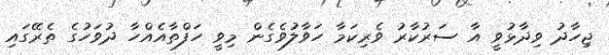
ޖިހާދު ވިދާޅުވީ އާ ސަރުކާރު ވެރިކަމާ ހަވާލުވެގެން މިވީ ހަފްތާއެއްހާ ދުވަހުގެ ތެރޭގައި